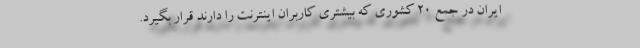
ايران در جمع ۲۰ كشوري كه بيشتري كاربران اينترنت را دارند قرار بگيرد.